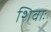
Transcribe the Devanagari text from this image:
शिवाः